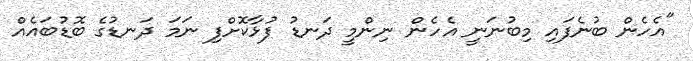
"އެހެން ބުނެފައި މިބުނަނީ އެހެން ނިންމީ ދަނޑު ފުޅާކޮށްފި ނަމަ ދަނޑުގެ ބޮޑުބައެއް